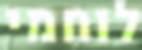
לוחמי